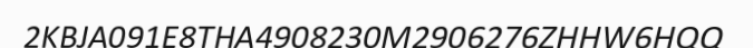
2KBJA091E8THA4908230M2906276ZHHW6HQQ